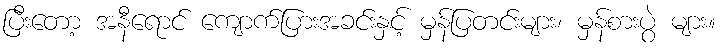
ပြီးတော့ အနီရောင် ကျောက်ပြားအခင်းနှင့် မှန်ပြတင်းများ၊ မှန်စားပွဲ များ။